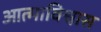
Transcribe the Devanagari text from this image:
आत्माविश्वास